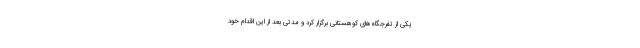
یکی از تفرجگاه‌های کوهستانی برگزار کرد و مدتی بعد از این اقدام خود